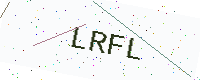
Text: LRFL